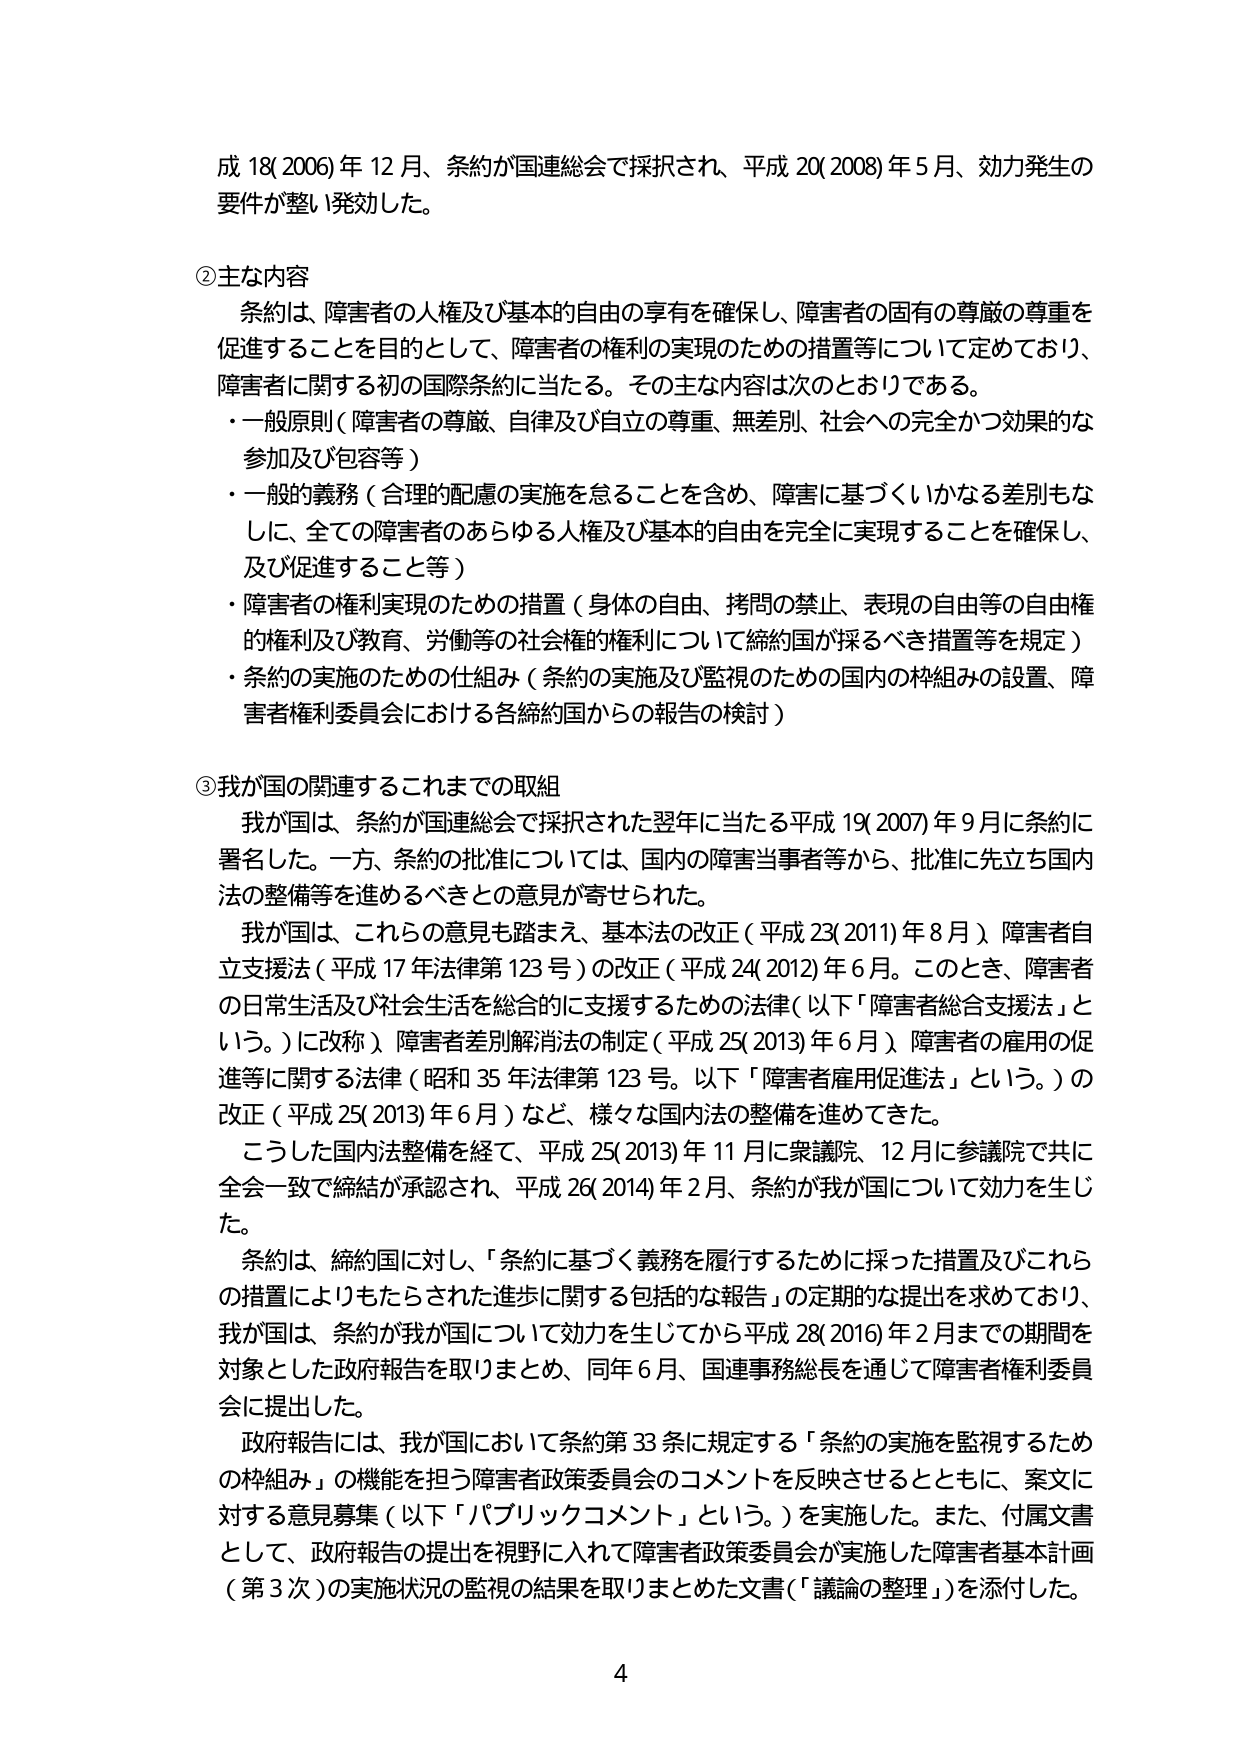
成 18(2006)年 12 月、条約が国連総会で採択され、平成 20(2008)年 5 月、効力発生の要件が整い発効した。

②主な内容
条約は、障害者の人権及び基本的自由の享有を確保し、障害者の固有の尊厳の尊重を促進することを目的として、障害者の権利の実現のための措置等について定めており、障害者に関する初の国際条約に当たる。その主な内容は次のとおりである。
・一般原則（障害者の尊厳、自律及び自立の尊重、無差別、社会への完全かつ効果的な参加及び包容等）
・一般的義務（合理的配慮の実施を怠ることを含め、障害に基づくいかなる差別もなしに、全ての障害者のあらゆる人権及び基本的自由を完全に実現することを確保し、及び促進すること等）
・障害者の権利実現のための措置（身体の自由、拷問の禁止、表現の自由等の自由権的権利及び教育、労働等の社会権的権利について締約国が採るべき措置等を規定）
・条約の実施のための仕組み（条約の実施及び監視のための国内の枠組みの設置、障害者権利委員会における各締約国からの報告の検討）

③我が国の関連するこれまでの取組
我が国は、条約が国連総会で採択された翌年に当たる平成 19(2007)年 9 月に条約に署名した。一方、条約の批准については、国内の障害当事者等から、批准に先立ち国内法の整備等を進めるべきとの意見が寄せられた。
我が国は、これらの意見も踏まえ、基本法の改正（平成 23(2011)年 8 月）、障害者自立支援法（平成 17 年法律第 123 号）の改正（平成 24(2012)年 6 月。このとき、障害者の日常生活及び社会生活を総合的に支援するための法律（以下「障害者総合支援法」という。）に改称）、障害者差別解消法の制定（平成 25(2013)年 6 月）、障害者の雇用の促進等に関する法律（昭和 35 年法律第 123 号。以下「障害者雇用促進法」という。）の改正（平成 25(2013)年 6 月）など、様々な国内法の整備を進めてきた。
こうした国内法整備を経て、平成 25(2013)年 11 月に衆議院、12 月に参議院で共に全会一致で締結が承認され、平成 26(2014)年 2 月、条約が我が国について効力を生じた。
条約は、締約国に対し、「条約に基づく義務を履行するために採った措置及びこれらの措置によりもたらされた進歩に関する包括的な報告」の定期的な提出を求めており、我が国は、条約が我が国について効力を生じてから平成 28(2016)年 2 月までの期間を対象とした政府報告を取りまとめ、同年 6 月、国連事務総長を通じて障害者権利委員会に提出した。
政府報告には、我が国において条約第 33 条に規定する「条約の実施を監視するための枠組み」の機能を担う障害者政策委員会のコメントを反映させるとともに、案文に対する意見募集（以下「パブリックコメント」という。）を実施した。また、付属文書として、政府報告の提出を視野に入れて障害者政策委員会が実施した障害者基本計画（第 3 次）の実施状況の監視の結果を取りまとめた文書（「議論の整理」）を添付した。

4